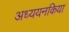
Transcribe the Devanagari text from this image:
अध्ययनकिया